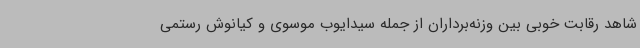
شاهد رقابت خوبی بین وزنه‌برداران از جمله سیدایوب موسوی و کیانوش رستمی